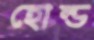
হোল্ড